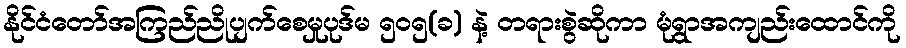
နိုင်ငံတော်အကြည်ညိုပျက်စေမှုပုဒ်မ ၅၀၅(ခ) နဲ့ တရားစွဲဆိုကာ မုံရွာအကျည်းထောင်ကို